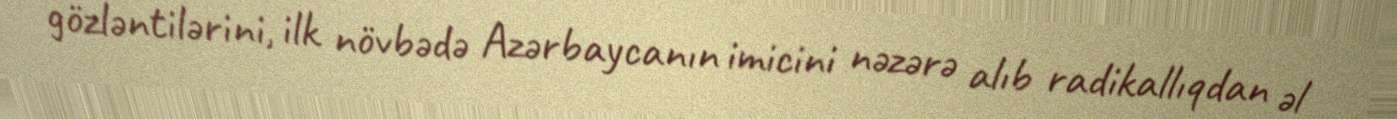
gözləntilərini, ilk növbədə Azərbaycanın imicini nəzərə alıb radikallıqdan əl